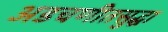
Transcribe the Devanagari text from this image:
अडचणीतसुद्धा